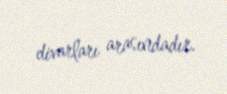
divarları arasındadır.